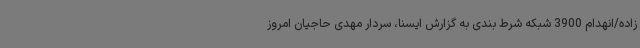
زاده/انهدام 3900 شبکه شرط بندی به گزارش ایسنا، سردار مهدی حاجیان امروز